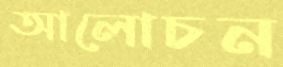
আলোচন